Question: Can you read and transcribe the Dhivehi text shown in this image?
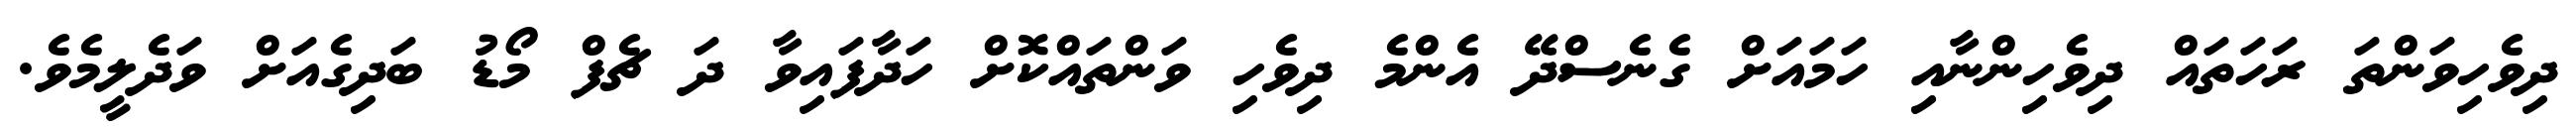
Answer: ދިވެހިވަންތަ ރަހަތައް ދިވެހިންނާއި ހަމައަށް ގެނެސްދޭ އެންމެ ދިވެހި ވަންތައްކޮށް ހަދާފައިވާ ދަ ޗެފް މޯޑު ބަދިގެއަށް ވަދެލީމެވެ.